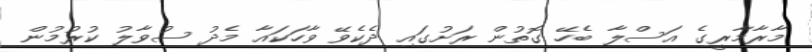
މާރާމާރީގެ އަސްލާ ބެހޭ ގޮތުން ރަށުގައި ދެކެވޭ ވާހަކައާ މެދު ސުވާލު ކުރުމުން